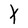
Character: t